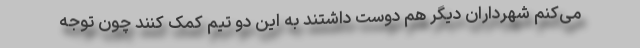
می‌کنم شهرداران دیگر هم دوست داشتند به این دو تیم کمک کنند چون توجه